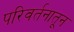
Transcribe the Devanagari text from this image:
परिवर्तनातून